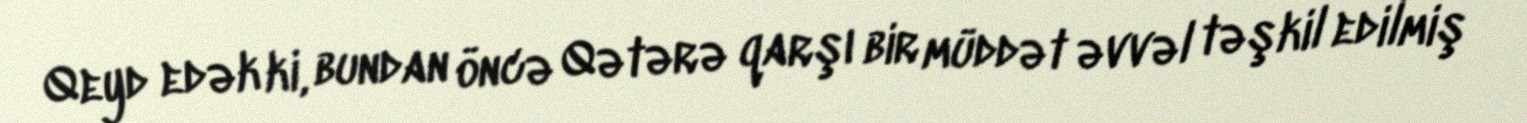
Qeyd edək ki, bundan öncə Qətərə qarşı bir müddət əvvəl təşkil edilmiş